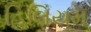
હિલિયમ